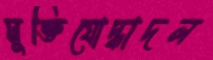
মুক্তিযোদ্ধাদল